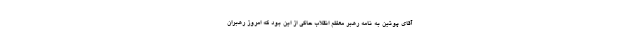
آقای پوتین به نامه رهبر معظم انقلاب حاکی از این بود که امروز رهبران